Report of the Indian Hemp Drugs Commission, 1894-1895 - Volume IV
Year: 1894
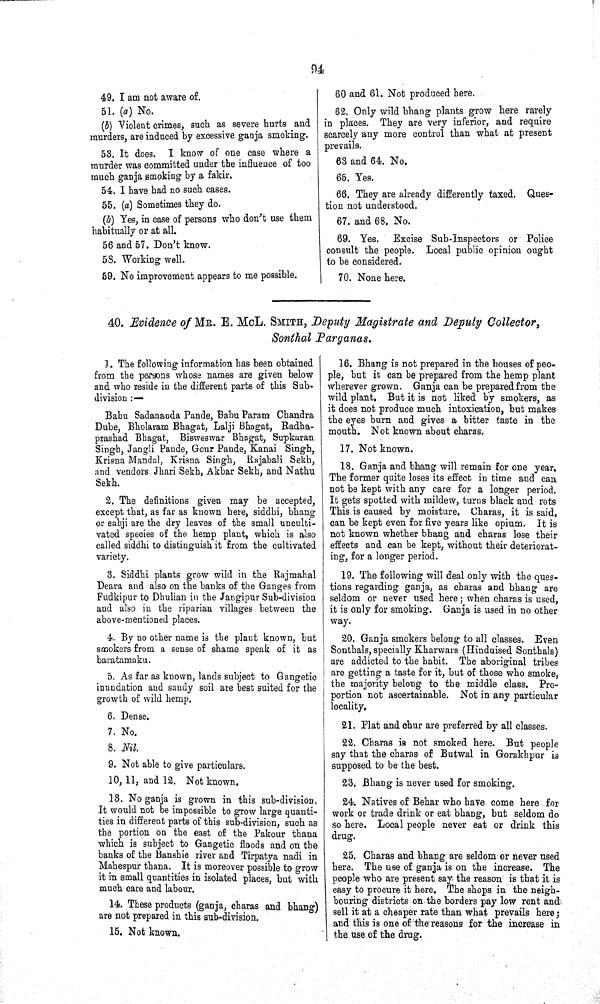
94
49. I am not aware of.
51. (a) No.
(b) Violent crimes, such as severe hurts and
murders, are induced by excessive ganja smoking.
53. It does. I know of one case where a
murder was committed under the influence of too
much ganja smoking by a fakir.
54. I have had no such cases.
55. (a) Sometimes they do.
(b) Yes, in case of persons who don't use them
habitually or at all.
56 and 57. Don't know.
58. Working well.
59. No improvement appears to me possible.
60 and 61. Not produced here.
62. Only wild bhang plants grow here rarely
in places. They are very inferior, and require
scarcely any more control than what at present
prevails.
63 and 64. No.
65. Yes.
66. They are already differently taxed. Ques-
tion not understood.
67. and 68. No.
69. Yes. Excise Sub-Inspectors or Police
consult the people. Local public opinion ought
to be considered.
70. None here.
40. Evidence of MR. E. MCL. SMITH, Deputy Magistrate and Deputy Collector,
Sonthal Parganas.
1. The following information has been obtained
from the persons whose names are given below
and who reside in the different parts of this Sub-
division:—
Babu Sadananda Pande, Babu Param Chandra
Dube, Bholaram Bhagat, Lalji Bhagat, Radha-
prashad Bhagat, Bisweswar Bhagat, Supkaran
Singh, Jangli Pande, Gour Paude, Kanai Singh,
Krisna Mandal, Krisna Singh, Rajabali Sekh,
and vendors Jhari Sekh, Akbar Sekh, and Nathu
Sekh.
2. The definitions given may be accepted,
except that, as far as known here, siddhi, bhang
or sabji are the dry leaves of the small unculti-
vated species of the hemp plant, which is also
called siddhi to distinguish it from the cultivated
variety.
3. Siddhi plants grow wild in the Rajmahal
Deara and also on the banks of the Ganges from
Fudkipur to Dhulian in the Jangipur Sub-division
and also in the riparian villages between the
above-mentioned places.
4. By no other name is the plant known, but
smokers from a sense of shame speak of it as
baratamaku.
5. As far as known, lands subject to Gangetic
inundation and sandy soil are best suited for the
growth of wild hemp.
6. Dense.
7. No.
8. Nil.
9. Not able to give particulars.
10, 11, and 12. Not known.
13. No ganja is grown in this sub-division.
It would not be impossible to grow large quanti-
ties in different parts of this sub-division, such as
the portion on the east of the Pakour thana
which is subject to Gangetic floods and on the
banks of the Banshie river and Tirpatya nadi in
Mahespur thana. It is moreover possible to grow
it in small quantities in isolated places, but with
much care and labour.
14. These products (ganja, charas and bhang)
are not prepared in this sub-division.
15. Not known.
16. Bhang is not prepared in the houses of peo-
ple, but it can be prepared from the hemp plant
wherever grown. Ganja can be prepared from the
wild plant. But it is not liked by smokers, as
it does not produce much intoxication, but makes
the eyes burn and gives a bitter taste in the
mouth. Not known about charas.
17. Not known.
18. Ganja and bhang will remain for one year.
The former quite loses its effect in time and can
not be kept with any care for a longer period.
It gets spotted with mildew, turns black and rots
This is caused by moisture. Charas, it is said,
can be kept even for five years like opium. It is
not known whether bhang and charas lose their
effects and can be kept, without their deteriorat-
ing, for a longer period.
19. The following will deal only with the ques-
tions regarding ganja, as charas and bhang are
seldom or never used here; when charas is used,
it is only for smoking. Ganja is used in no other
way.
20. Ganja smokers belong to all classes. Even
Sonthals, specially Kharwars (Hinduised Sonthals)
are addicted to the habit. The aboriginal tribes
are getting a taste for it, but of those who smoke,
the majority belong to the middle class. Pro-
portion not ascertainable. Not in any particular
locality.
21. Flat and chur are preferred by all classes.
22. Charas is not smoked here. But people
say that the charas of Butwal in Gorakhpur is
supposed to be the best.
23. Bhang is never used for smoking.
24. Natives of Behar who have come here for
work or trade drink or eat bhang, but seldom do
so here. Local people never eat or drink this
drug.
25. Charas and bhang are seldom or never used
here. The use of ganja is on the increase. The
people who are present say the reason is that it is
easy to procure it here. The shops in the neigh-
bouring districts on the borders pay low rent and
sell it at a cheaper rate than what prevails here;
and this is one of the reasons for the increase in
the use of the drug.